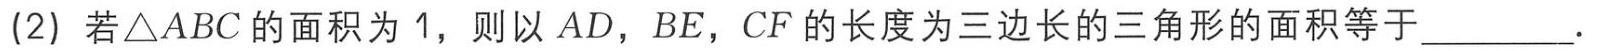
(2) 若\(\triangle ABC\)的面积为 \(1\)，则以 \(AD\)，\(BE\)，\(CF\) 的长度为三边长的三角形的面积等于_________.